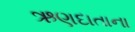
ઋણદાતાના